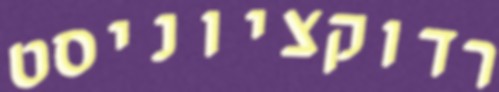
רדוקציוניסט